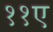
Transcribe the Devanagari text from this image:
११ए